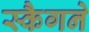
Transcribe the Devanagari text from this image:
स्कैगने